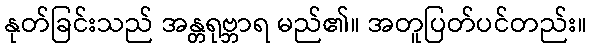
နုတ်ခြင်းသည် အန္တရုဗ္ဘာရ မည်၏။ အတူပြတ်ပင်တည်း။